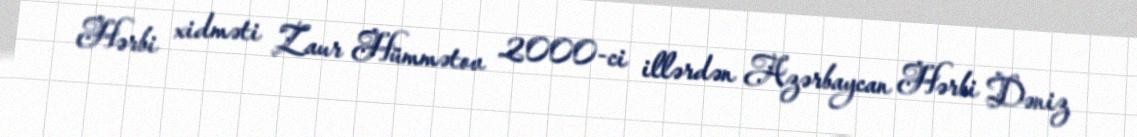
Hərbi xidməti Zaur Hümmətov 2000-ci illərdən Azərbaycan Hərbi Dəniz